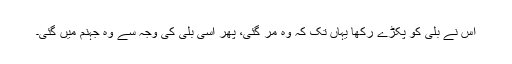
اس نے بلی کو پکڑے رکھا یہاں تک کہ وہ مر گئی، پھر اسی بلی کی وجہ سے وہ جہنم میں گئی۔